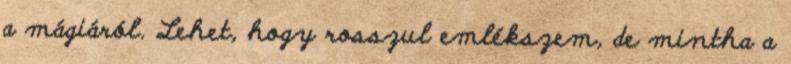
a mágiáról. Lehet, hogy rosszul emlékszem, de mintha a